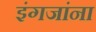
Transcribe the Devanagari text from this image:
इंगजांना